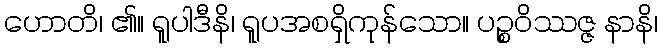
ဟောတိ၊ ၏။ ရူပါဒီနိ၊ ရူပအစရှိကုန်သော။ ပဉ္စဝိဿဇ္ဇ နာနိ၊